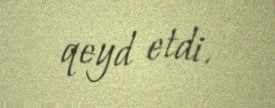
qeyd etdi.